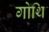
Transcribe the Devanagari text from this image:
गोथि